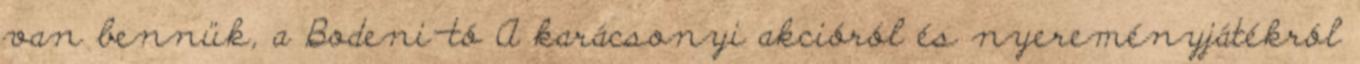
van bennük, a Bodeni-tó A karácsonyi akcióról és nyereményjátékról